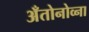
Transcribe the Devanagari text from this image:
अँतोनोव्ना